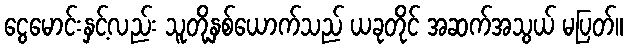
ငွေမောင်းနှင့်လည်း သူတို့နှစ်ယောက်သည် ယခုတိုင် အဆက်အသွယ် မပြတ်။